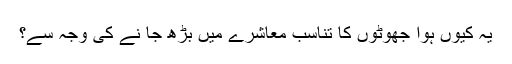
یہ کیوں ہوا جھوٹوں کا تناسب معاشرے میں بڑھ جا نے کی وجہ سے؟